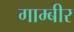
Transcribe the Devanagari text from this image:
गाम्बीर